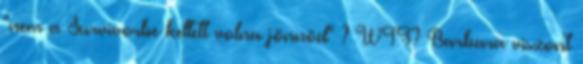
"nem a Survivorbe kellett volna jönnöd" ? WTF? Barbara viszont